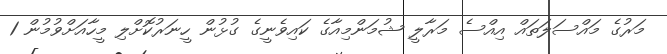
މަރުގެ މައްސަލަތައް އިއްސެ މަރާލީ ޝުމަންމިއާގެ ކައިވެނީގެ ގުޅުން ހީނަރުކޮށްލި މީހާއަށްވުމުން 1